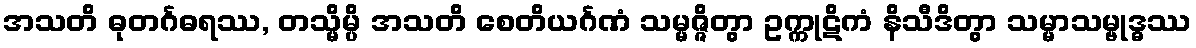
အသတိ ဓုတင်္ဂဓရဿ, တသ္မိမ္ပိ အသတိ စေတိယင်္ဂဏံ သမ္မဇ္ဇိတွာ ဥက္ကုဋိကံ နိသီဒိတွာ သမ္မာသမ္ဗုဒ္ဓဿ